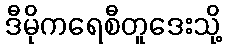
ဒီမိုကရေစီတူဒေးသို့